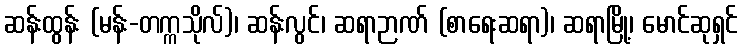
ဆန်းထွန်း (မန်း-တက္ကသိုလ်)၊ ဆန်းလွင်၊ ဆရာဉာဏ် (စာရေးဆရာ)၊ ဆရာမြို့၊ မောင်ဆုရှင်